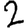
Digit: 2